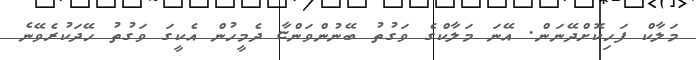
މަލާކް ފަހިކޮށްދޭނަން. އޭނަ މަލާކްގެ ވަގުތު ބޭނުންވަންޏާ ދެމީހުން އެކީގަ ވަގުތު ހޭދަކުރެވޭނެ